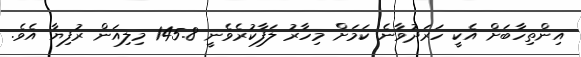
އިންތިހާބަށް އެކީ ހަރަދުވާނެ ކަމަށް މިހާރު ލަފާކުރެވެނީ 145.8 މިލިއަން ރުފިޔާ އެވެ.